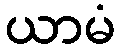
ယာမံ